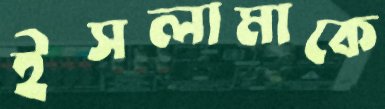
ইসলামাকে